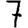
Digit: 7